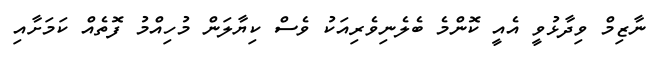
ނާޒިމް ވިދާޅުވީ އެއީ ކޮންމެ ބެލެނިވެރިއަކު ވެސް ކިޔާލަން މުހިއްމު ފޮތެއް ކަމަށާއި